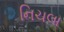
નિચલા